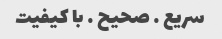
سریع … صحیح … با کیفیت